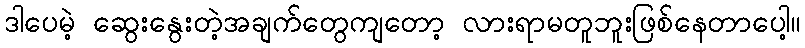
ဒါပေမဲ့ ဆွေးနွေးတဲ့အချက်တွေကျတော့ လားရာမတူဘူးဖြစ်နေတာပေါ့။